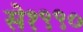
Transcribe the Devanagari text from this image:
से१९९०